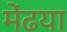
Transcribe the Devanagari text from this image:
मेंढया